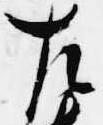
左